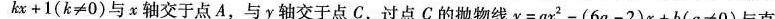
kx+1(k≠0)与x轴交于点A，与y轴交于点C，过点C的抛物线y=ax2-(6a-2)x+b(a≠0)与直线